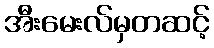
အီးမေးလ်မှတဆင့်